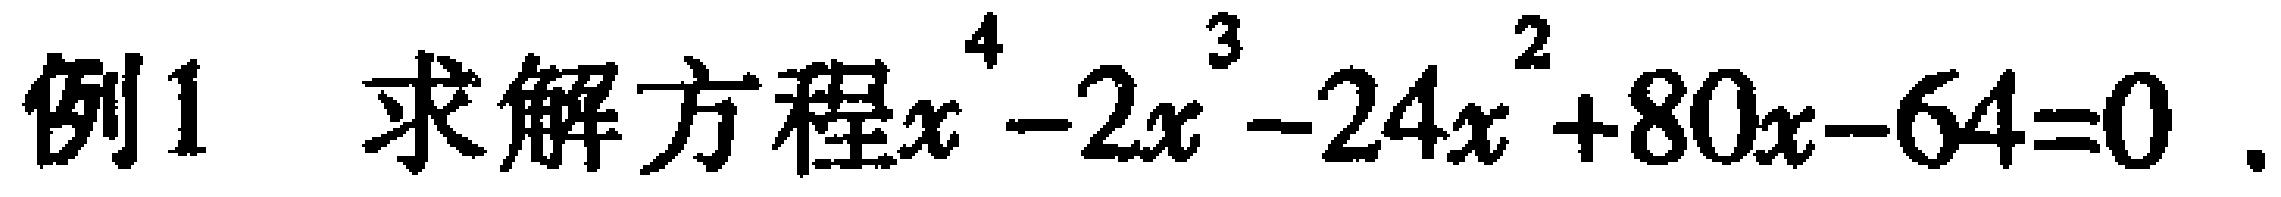
例1 求解方程\(x^{4}-2x^{3}-24x^{2}+80x - 64 = 0\)。